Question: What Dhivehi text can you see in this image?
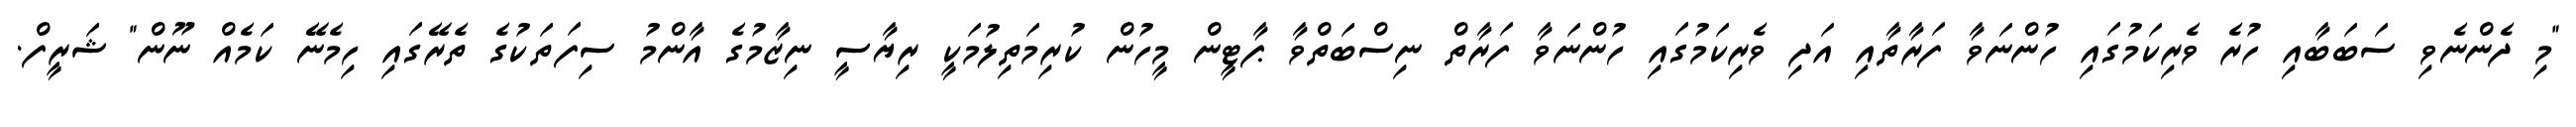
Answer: "މި ދެންނެވި ސަބަބާއި ހުރެ ވެރިކަމުގައި ހުންނަވާ ފަރާތާއި އަދި ވެރިކަމުގައި ހުންނަވާ ފަރާތް ނިސްބަތްވާ ޕާޓީން މީހުން ކުރިމަތިލުމަކީ ރިޔާސީ ނިޒާމުގެ އާންމު ސިފަތަކުގެ ތެރޭގައި ހިމެނޭ ކަމެއް ނޫން" ޝަރީފް.